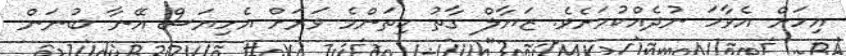
އިހަށް އެވާހަ ނުދެއްކުމަށެވެ. ޒަޔާލް ގާތު ކިތަންމެ ވަރަށް އެހިޔަސް އޭނާ ބުނަން